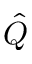
\hat { Q }